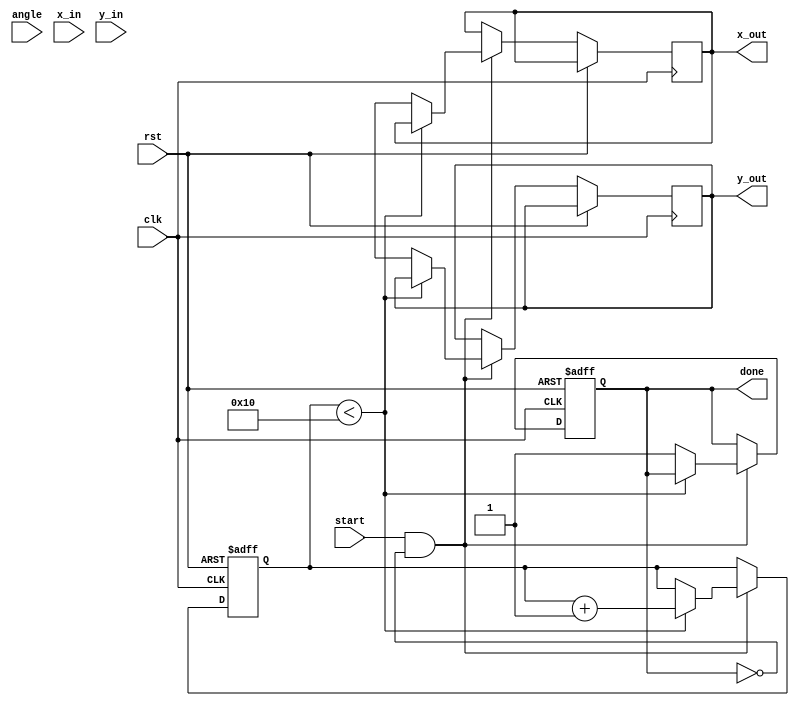
module cordic #(
    parameter WIDTH = 16,         // Bit-width for fixed-point representation
    parameter ITERATIONS = 16     // Number of CORDIC iterations
)(
    input wire clk,               // Clock signal
    input wire rst,               // Reset signal
    input wire start,             // Start signal for computation
    input wire signed [WIDTH-1:0] angle, // Input angle in fixed-point format
    input wire signed [WIDTH-1:0] x_in,   // Initial x vector
    input wire signed [WIDTH-1:0] y_in,   // Initial y vector
    output reg signed [WIDTH-1:0] x_out,  // Output x (cosine)
    output reg signed [WIDTH-1:0] y_out,  // Output y (sine)
    output reg done               // Done signal
);

    // Internal signals
    reg signed [WIDTH-1:0] x [0:ITERATIONS-1];
    reg signed [WIDTH-1:0] y [0:ITERATIONS-1];
    reg signed [WIDTH-1:0] angle_lut [0:ITERATIONS-1];
    reg signed [WIDTH-1:0] scale_lut [0:ITERATIONS-1];
    reg [4:0] iteration;         // Iteration counter
    reg signed [WIDTH-1:0] angle_accum; // Accumulated angle
    reg signed [WIDTH-1:0] x_temp, y_temp;
    reg dir;                    // Direction of rotation

    // Initialize LUTs
    initial begin
        // Angle LUT (arctan(2^-i) for i = 0 to ITERATIONS-1)
        angle_lut[0] = 16'h0000; // atan(1) = 0
        angle_lut[1] = 16'h3C90; // atan(1/2) = 0.4636
        angle_lut[2] = 16'h3E38; // atan(1/4) = 0.2449
        angle_lut[3] = 16'h3F1A; // atan(1/8) = 0.1244
        // ... Populate the rest of the angle LUT

        // Scaling Factor LUT
        scale_lut[0] = 16'h1FFF; // 1/sqrt(1 + 2^0)
        scale_lut[1] = 16'h1FFF; // 1/sqrt(1 + 2^1)
        scale_lut[2] = 16'h1FFF; // 1/sqrt(1 + 2^2)
        // ... Populate the rest of the scaling LUT
    end

    // CORDIC computation process
    always @(posedge clk or posedge rst) begin
        if (rst) begin
            iteration <= 0;
            x[0] <= x_in;
            y[0] <= y_in;
            angle_accum <= angle;
            done <= 0;
        end else if (start && !done) begin
            if (iteration < ITERATIONS) begin
                dir <= (angle_accum < 0) ? 1'b1 : 1'b0; // Determine rotation direction
                angle_accum <= angle_accum - (dir ? angle_lut[iteration] : -angle_lut[iteration]);
                
                // CORDIC rotation equations
                x_temp = x[iteration] - (dir ? (y[iteration] >>> iteration) : (y[iteration] >>> (iteration + 1)));
                y_temp = y[iteration] + (dir ? (x[iteration] >>> iteration) : -(x[iteration] >>> (iteration + 1)));
                
                x[iteration + 1] <= x_temp;
                y[iteration + 1] <= y_temp;
                iteration <= iteration + 1;
            end else begin
                // Final output after iterations
                x_out <= x[ITERATIONS];
                y_out <= y[ITERATIONS];
                done <= 1;
            end
        end
    end

endmodule